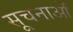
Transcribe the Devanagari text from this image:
सूचनाओें